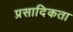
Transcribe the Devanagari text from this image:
प्रसादिकता